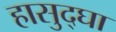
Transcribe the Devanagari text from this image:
हासुद्घा